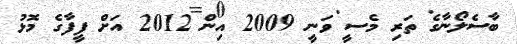
ބާސެލޯނާގެ ތަރި މެސީ ވަނީ 2009 އިން 2012 އަށް ފީފާގެ މޮޅު